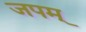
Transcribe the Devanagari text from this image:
जपम्